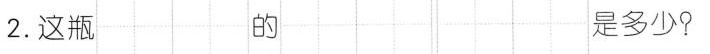
2. 这瓶 的 是多少？